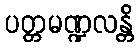
ပတ္တမဏ္ဍလန္တိ